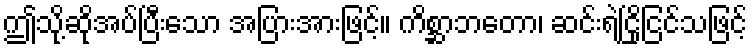
ဤသို့ဆိုအပ်ပြီးသော အပြားအားဖြင့်။ ကိစ္ဆာဘတော၊ ဆင်းရဲငြိုငြင်သဖြင့်